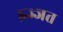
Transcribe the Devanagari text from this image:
इज्‍जत